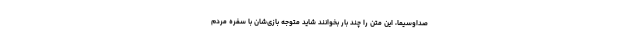
صداوسیما، این متن را چند بار بخوانند شاید متوجه بازی‌شان با سفره مردم